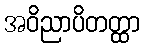
အဝိညာပိတတ္ထာ